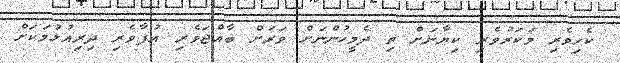
ކެހިވެރި މަކަރުވެރި ކިޔާނަށް ތި ދެމީހުންނަށް ވަރަށް ބާއްޖަވެރި އުފާވެރި ދިރިއުޅުމަކަށް